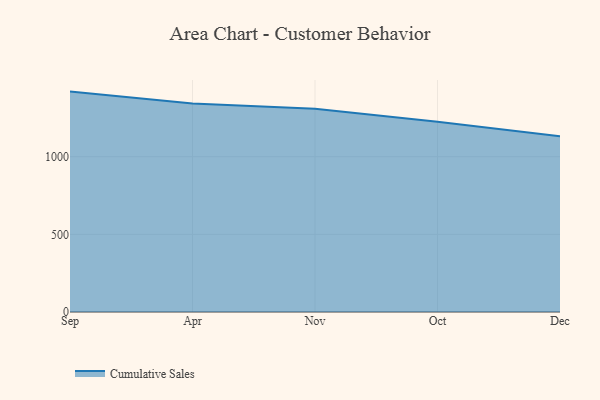
{"axis": {"x": "Month", "y": "Market Share (%)"}, "legend": ["Cumulative Sales"], "data": [{"x": "Sep", "y": 1419.3, "type": "Cumulative Sales"}, {"x": "Apr", "y": 1342.2, "type": "Cumulative Sales"}, {"x": "Nov", "y": 1308.7, "type": "Cumulative Sales"}, {"x": "Oct", "y": 1224.9, "type": "Cumulative Sales"}, {"x": "Dec", "y": 1131.2, "type": "Cumulative Sales"}]}